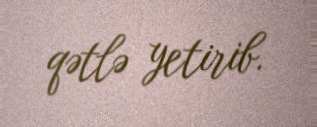
qətlə yetirib.